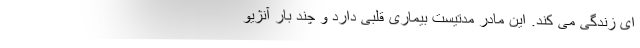
ای زندگی می کند. این مادر مدتیست بیماری قلبی دارد و چند بار آنژیو